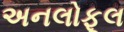
અનલોફૂલ